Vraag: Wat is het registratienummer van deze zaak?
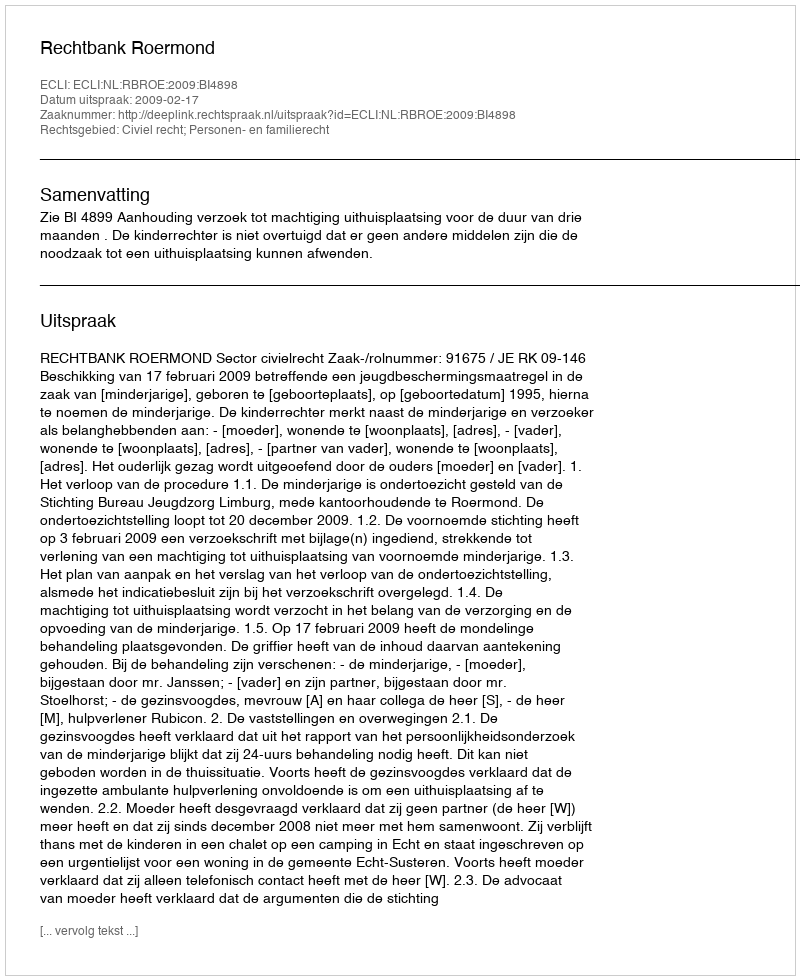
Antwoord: http://deeplink.rechtspraak.nl/uitspraak?id=ECLI:NL:RBROE:2009:BI4898